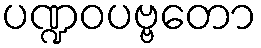
ပဏ္ဍဝပဗ္ဗတော